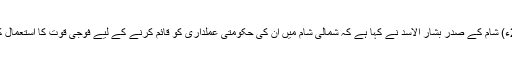
25 جون2018ء) شام کے صدر بشار الاسد نے کہا ہے کہ شمالی شام میں ان کی حکومتی عملداری کو قائم کرنے کے لیے فوجی قوت کا استعمال کیا جا سکتا ہے۔